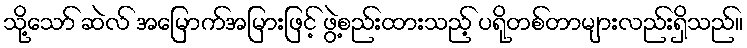
သို့သော် ဆဲလ် အမြောက်အမြားဖြင့် ဖွဲ့စည်းထားသည့် ပရိုတစ်တာများလည်းရှိသည်။